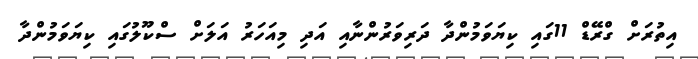
އިތުރަށް ގްރޭޑް 11ގައި ކިޔަވަމުންދާ ދަރިވަރުންނާއި އަދި މިއަހަރު އަލަށް ސްކޫލުގައި ކިޔަވަމުންދާ